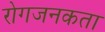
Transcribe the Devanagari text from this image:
रोगजनकता